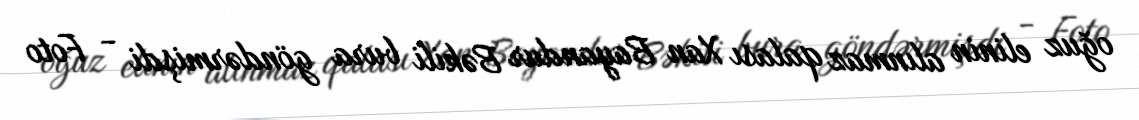
oğuz elinin alınmaz qalası Xan Bayandur Bəkili bura göndərmişdi - Foto